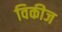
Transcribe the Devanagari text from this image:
विकीज